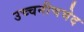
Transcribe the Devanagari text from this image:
उच्चनीचभेद